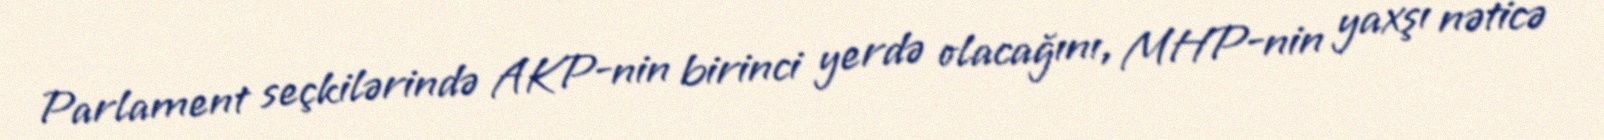
Parlament seçkilərində AKP-nin birinci yerdə olacağını, MHP-nin yaxşı nəticə